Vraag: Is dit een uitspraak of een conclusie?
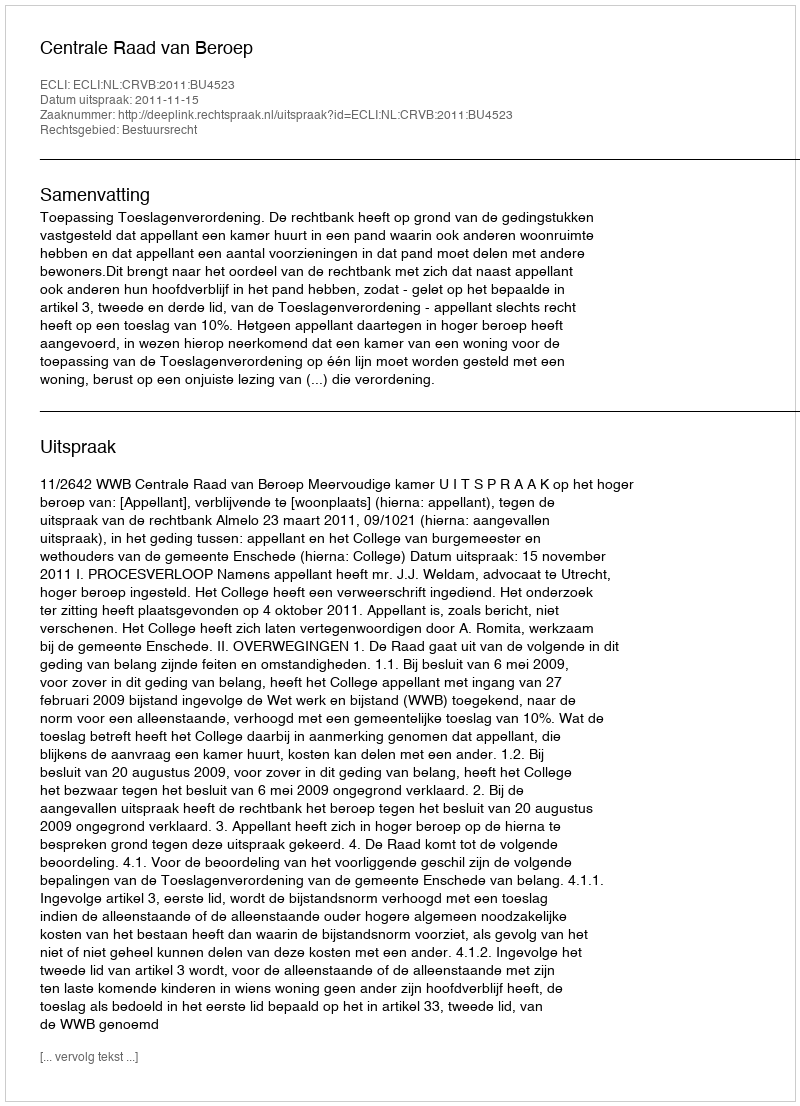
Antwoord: Uitspraak